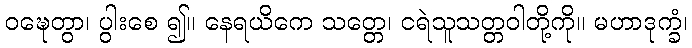
ဝဍ္ဎေတွာ၊ ပွါးစေ ၍။ နေရယိကေ သတ္တေ၊ ငရဲသူသတ္တဝါတို့ကို။ မဟာဒုက္ခံ၊